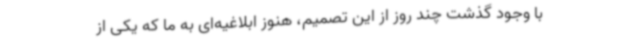
با وجود گذشت چند روز از این تصمیم، هنوز ابلاغیه‌ای به ما که یکی از